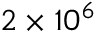
2 \times 1 0 ^ { 6 }